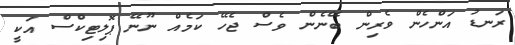
ރަނޑު އަންހެން ވެރިން ބޭނެން ވެސް ޖެހޭ ކަމެއް ނޫނޭ ޕޮލިޓިކްސް އަކީ